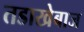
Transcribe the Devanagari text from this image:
तडाखेबाज